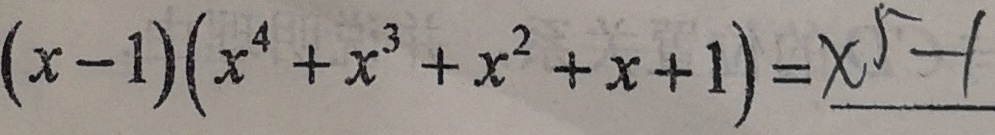
( x - 1 ) ( x ^ { 4 } + x ^ { 3 } + x ^ { 2 } + x + 1 ) = x ^ { 5 } - 1